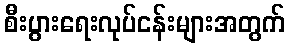
စီးပွားရေးလုပ်ငန်းများအတွက်